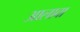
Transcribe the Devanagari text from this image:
अालावा